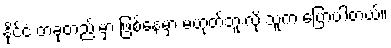
နိုင်ငံ တခုတည်းမှာ ဖြစ်နေမှာ မဟုတ်ဘူးလို့ သူက ပြောပါတယ်။